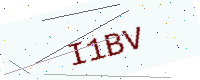
Text: I1BV